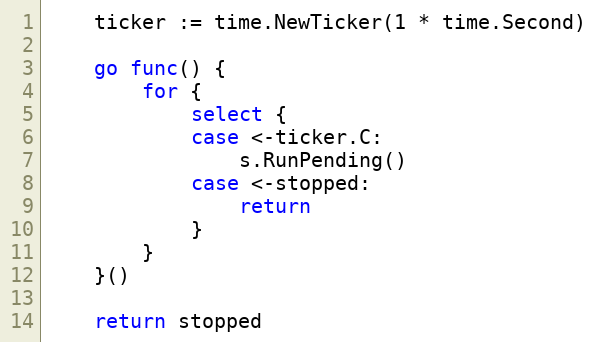
Language: Go
	ticker := time.NewTicker(1 * time.Second)

	go func() {
		for {
			select {
			case <-ticker.C:
				s.RunPending()
			case <-stopped:
				return
			}
		}
	}()

	return stopped